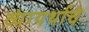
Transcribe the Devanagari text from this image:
व्यंग्यर्थाचे